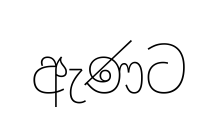
ඇණට